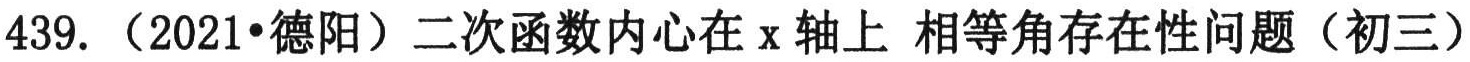
439.（2021•德阳）二次函数内心在\(x\)轴上 相等角存在性问题（初三）